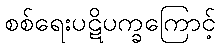
စစ်ရေးပဋိပက္ခကြောင့်